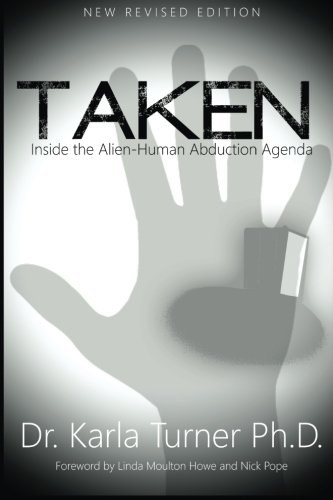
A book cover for Taken: Inside the Alien-Human Abduction Agenda; Dr. Karla Turner PhD; Science & Math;